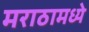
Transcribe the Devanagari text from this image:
मराठामध्ये